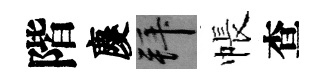
階慶拜帳查